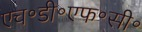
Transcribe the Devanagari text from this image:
एच॰डी॰एफ॰सी॰